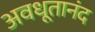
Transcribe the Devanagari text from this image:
अवधूतानंद